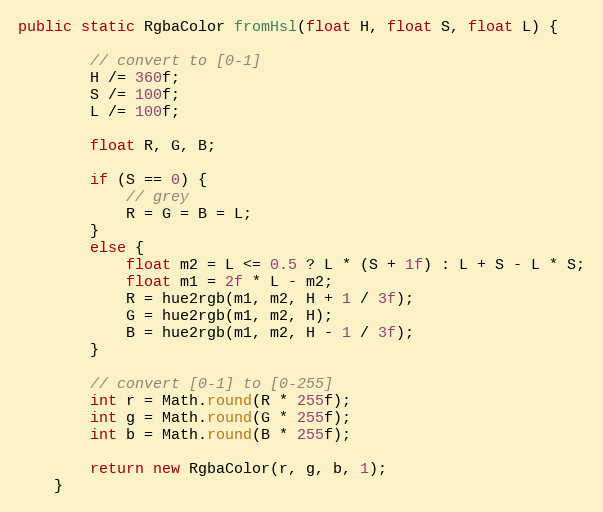
Language: Java
public static RgbaColor fromHsl(float H, float S, float L) {

        // convert to [0-1]
        H /= 360f;
        S /= 100f;
        L /= 100f;

        float R, G, B;

        if (S == 0) {
            // grey
            R = G = B = L;
        }
        else {
            float m2 = L <= 0.5 ? L * (S + 1f) : L + S - L * S;
            float m1 = 2f * L - m2;
            R = hue2rgb(m1, m2, H + 1 / 3f);
            G = hue2rgb(m1, m2, H);
            B = hue2rgb(m1, m2, H - 1 / 3f);
        }

        // convert [0-1] to [0-255]
        int r = Math.round(R * 255f);
        int g = Math.round(G * 255f);
        int b = Math.round(B * 255f);

        return new RgbaColor(r, g, b, 1);
    }